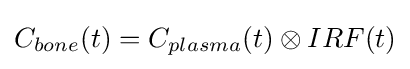
C_{bone}(t)=C_{plasma}(t)\otimes IRF(t)